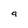
Character: 9